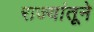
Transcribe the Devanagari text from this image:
राज्यांतूने